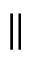
\parallel